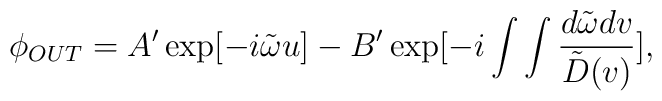
\phi_{OUT}=A^{\prime}\exp[-i\tilde\omega u]-B^{\prime}\exp[-i\int\int{d\tilde\omega dv\over\tilde D(v)}],